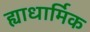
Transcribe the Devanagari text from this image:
ह्याधार्मिक